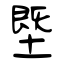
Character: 塈